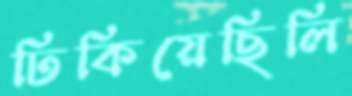
ঢিকিয়েছিলি